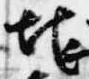
地